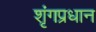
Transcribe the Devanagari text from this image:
शृंगप्रधान